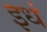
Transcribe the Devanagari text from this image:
इधं